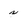
Character: s